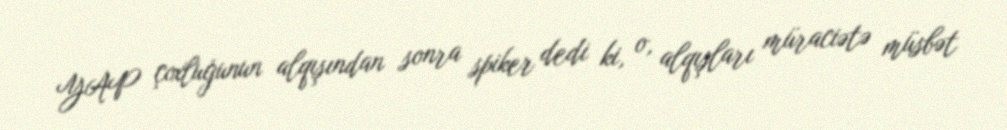
YAP çoxluğunun alqışından sonra spiker dedi ki, o, alqışları müraciətə müsbət